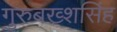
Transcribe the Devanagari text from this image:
गुरुबख्शसिंह